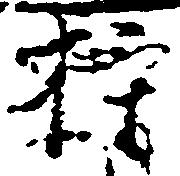
権